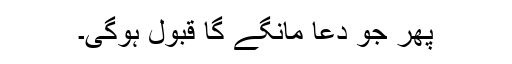
پھر جو دعا مانگے گا قبول ہوگی۔